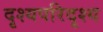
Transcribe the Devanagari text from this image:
दृश्यपरिदृश्य